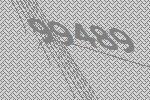
99489